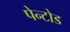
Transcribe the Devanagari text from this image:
पेन्टोड